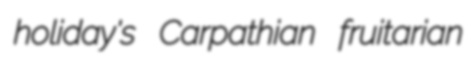
holiday's Carpathian fruitarian